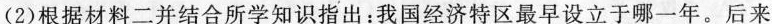
(2)根据材料二并结合所学知识指出：我国经济特区最早设立于哪一年。后来